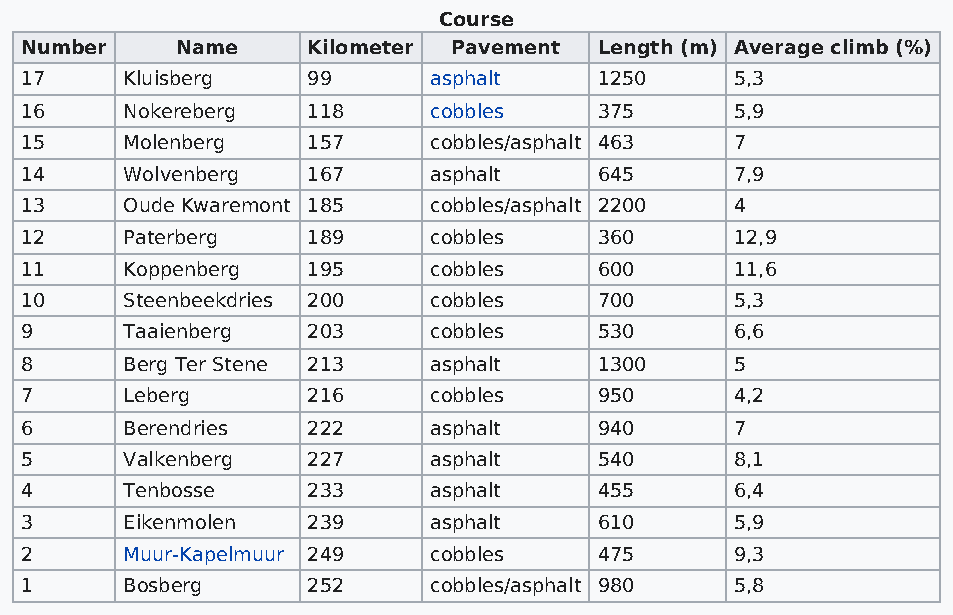
Course
 Number     Name    Kilometer Pavement  Length (m) Average climb (%)
 17     Kluisberg   99      asphalt     1250     5,3
 16     Nokereberg  118     cobbles     375      5,9
 15     Molenberg   157     cobbles/asphalt 463  7
 14     Wolvenberg  167     asphalt     645      7,9
 13     Oude Kwaremont 185  cobbles/asphalt 2200 4
 12     Paterberg   189     cobbles     360      12,9
 11     Koppenberg  195     cobbles     600      11,6
 10     Steenbeekdries 200  cobbles     700      5,3
 9      Taaienberg  203     cobbles     530      6,6
 8      Berg Ter Stene 213  asphalt     1300     5
 7      Leberg      216     cobbles     950      4,2
 6      Berendries  222     asphalt     940      7
 5      Valkenberg  227     asphalt     540      8,1
 4      Tenbosse    233     asphalt     455      6,4
 3      Eikenmolen  239     asphalt     610      5,9
 2      Muur-Kapelmuur 249  cobbles     475      9,3
 1      Bosberg     252     cobbles/asphalt 980  5,8